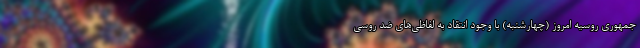
جمهوری روسیه امروز (چهارشنبه) با وجود انتقاد به لفاظی‌های ضد روسی